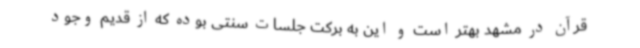
قرآن در مشهد بهتر است و این به برکت جلسات سنتی بوده که از قدیم وجود